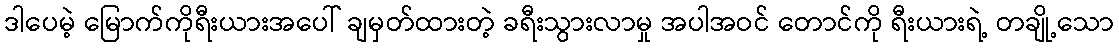
ဒါပေမဲ့ မြောက်ကိုရီးယားအပေါ် ချမှတ်ထားတဲ့ ခရီးသွားလာမှု အပါအဝင် တောင်ကို ရီးယားရဲ့ တချို့သော